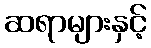
ဆရာများနှင့်